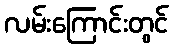
လမ်းကြောင်းတွင်